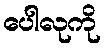
ပေါလုကို